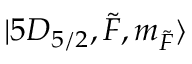
\lvert 5 D _ { 5 / 2 } , \Tilde { F } , m _ { \Tilde { F } } \rangle